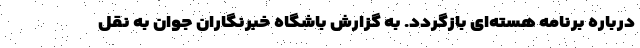
درباره برنامه هسته‌ای بازگردد. به گزارش باشگاه خبرنگاران جوان به نقل